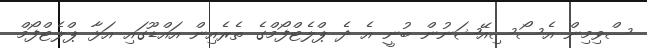
ސްވިމިން އެސޯސިއޭޝަނުން ބުނީ އެ ދެ ޕްލެޓްފޯމްގެ ތެރެއިން އައްޑޫގައި އަޅާ ޕްލެޓްފޯމް